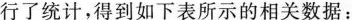
行了统计，得到如下表所示的相关数据：